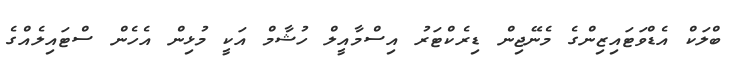
ބްލަކް އެޑްވަޓައިޒިންގެ މެނޭޖިން ޑިރެކްޓަރު އިސްމާއީލް ހުޝާމް އަކީ މުޅިން އެހެން ސްޓައިލެއްގެ